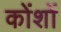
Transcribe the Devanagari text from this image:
कोंशों